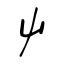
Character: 屮